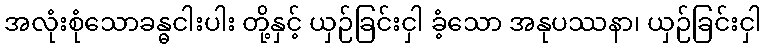
အလုံးစုံသောခန္ဓငါးပါး တို့နှင့် ယှဉ်ခြင်းငှါ ခံ့သော အနုပဿနာ၊ ယှဉ်ခြင်းငှါ